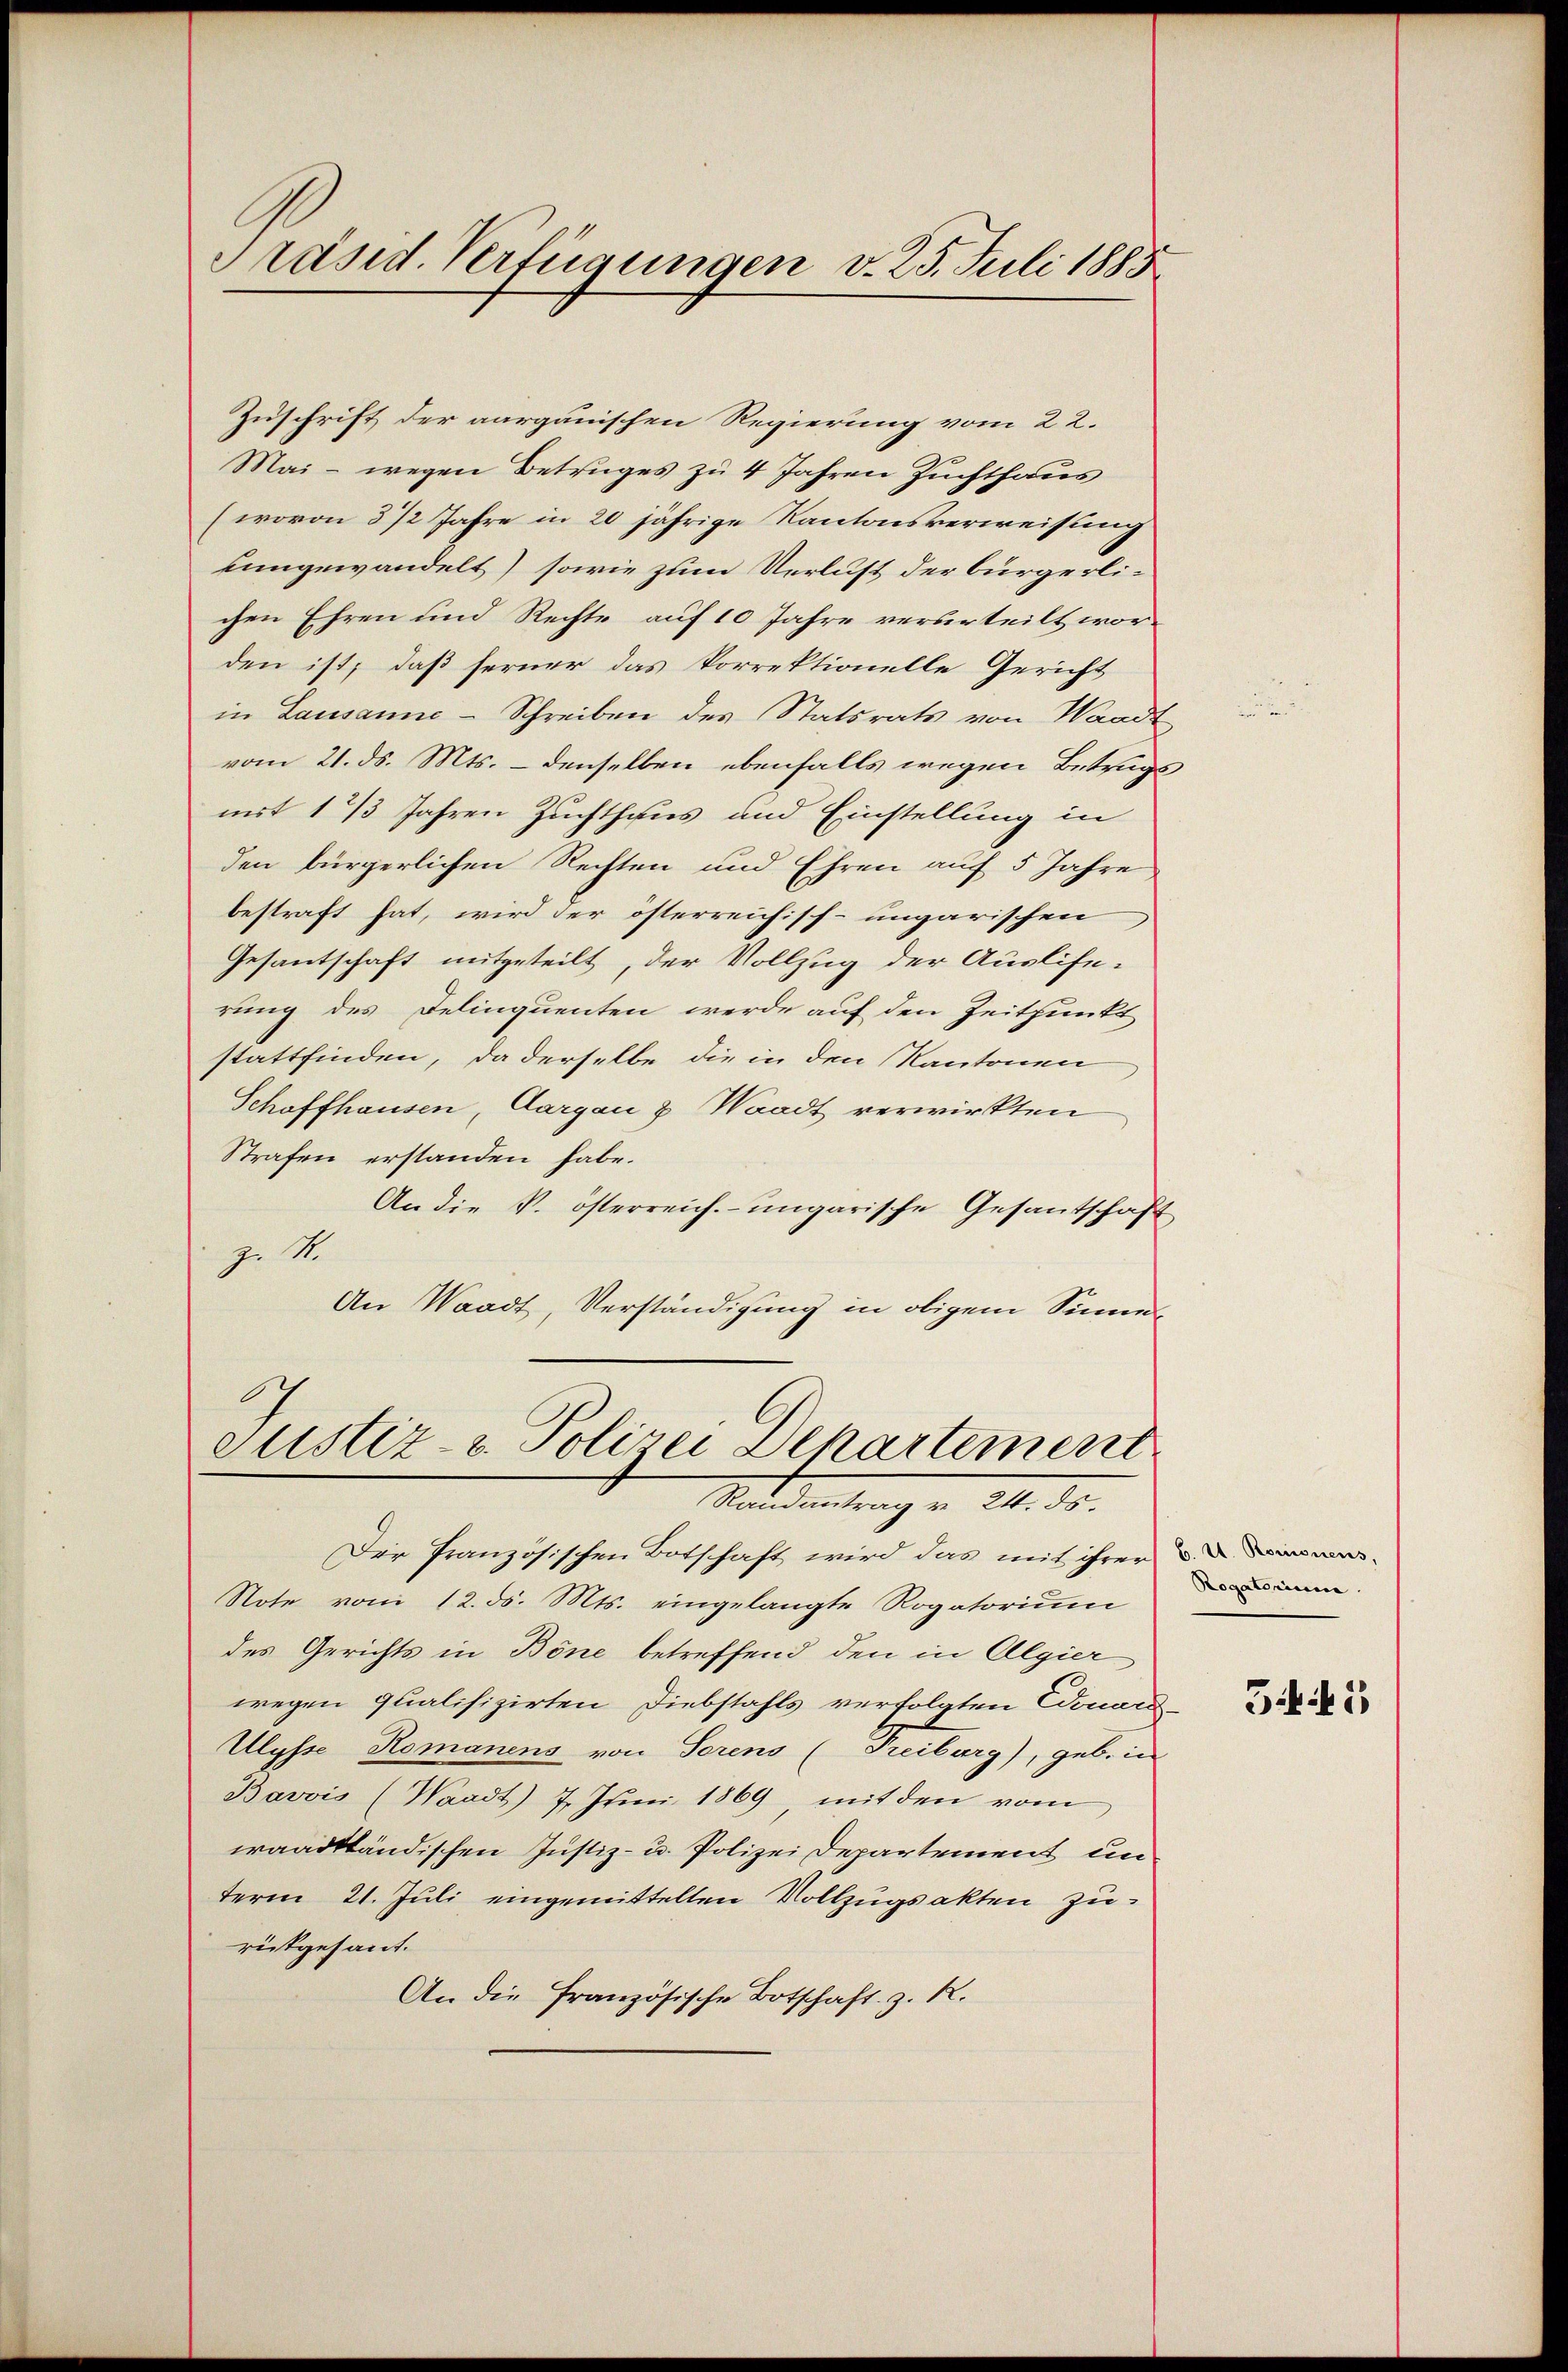
Präsid. Verfügungen v. 25. Juli 1885

Zuschrift der aargauischen Regierung vom 22.
Mai - wegen Betruges zu 4 Jahren Zuchthaus
(wovon 3 1/2 Jahre in 20 jährige Kantonsverweisung
eungewandelt) sowie zum Verlust der bürgerlichen Ehren und Rechte auf 10 Jahre verurteilt worden ist; daß ferner das korrektionelle Gericht
in Lausanne-Schreiben des Statsrats von Waadt
vom 21. ds. Mts. – denselben ebenfalls wegen Betrugs
mit 1 2/3 Jahren Zuchthaus und Einstellung in
den bürgerlichen Rechten und Ehren auf 5 Jahre,
bestraft hat, wird der österreichisch-ungarischen
Gesantschaft mitgeteilt, der Vollzug der Auslise-
rung des Delinquenten werde auf den Zeitpunkt
stattfinden, da derselbe die in den Kantonen
Schaffhausen, Aargau & Waadt verwirkten
Strafen erstanden habe.
An die k. österreich-ungarische Gesantschäft
z. S.
An Waadt, Verständigung in obigem Sinne¬
Justiz- u. Polizei Departement

Mardentrag v. 21. ds.

Der französischen Botschaft wird das mit ihrer
Note vom 12. ds. Mts. eingelangte Rogatoriŭm
des Gerichts in Böne betreffend den in Algier
wegen qualifizirten Diebstahls verfolgten Edouar-
Ulysse Romanens von Serens Freiburg), geb. in
Bavvis (Waadt) 7. Juni 1869, mit den vom
waadtländischen Justiz- u. Polizei Departement un
term 21. Juli eingemittelten Vollzugsakten zurückgesant.
An die Französische Botschaft z. R.

Rogatorium

545